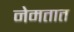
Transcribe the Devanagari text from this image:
नेमतात